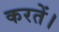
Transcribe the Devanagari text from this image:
करतें।